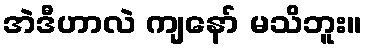
အဲဒီဟာလဲ ကျနော် မသိဘူး။